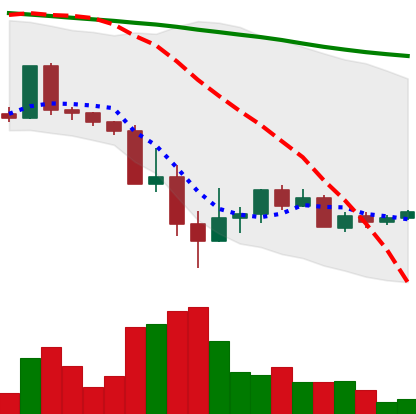
Ticker: ADA-USD
Chart end date: 2022-05-22
Forward return: -16.054%
Label: down_7plus